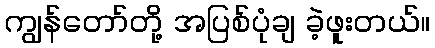
ကျွန်တော်တို့ အပြစ်ပုံချ ခဲ့ဖူးတယ်။